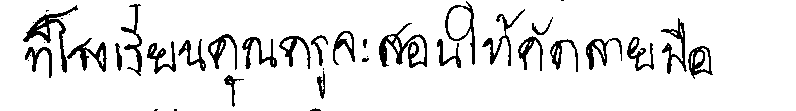
ที่โรงเรียนคุณครูจะสอนให้คัดลายมือ